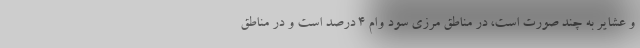
و عشایر به چند صورت است، در مناطق مرزی سود وام ۴ درصد است و در مناطق